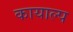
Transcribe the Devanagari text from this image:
कायाल्प